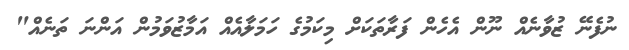
ނުފެނޭ ޒުވާނެއް ނޫން އެހެން ފަރާތަކަށް މިކަމުގެ ހަމަލާއެއް އަމާޒުވަމުން އަންނަ ތަނެއް"